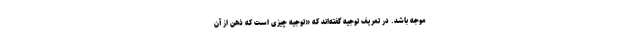
موجه باشد. در تعریف توجیه گفته‌اند که «توجیه چیزی است که ذهن از آن